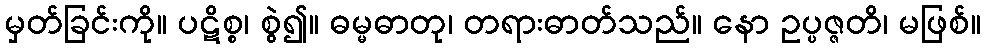
မှတ်ခြင်းကို။ ပဋိစ္စ၊ စွဲ၍။ ဓမ္မဓာတု၊ တရားဓာတ်သည်။ နော ဥပ္ပဇ္ဇတိ၊ မဖြစ်။